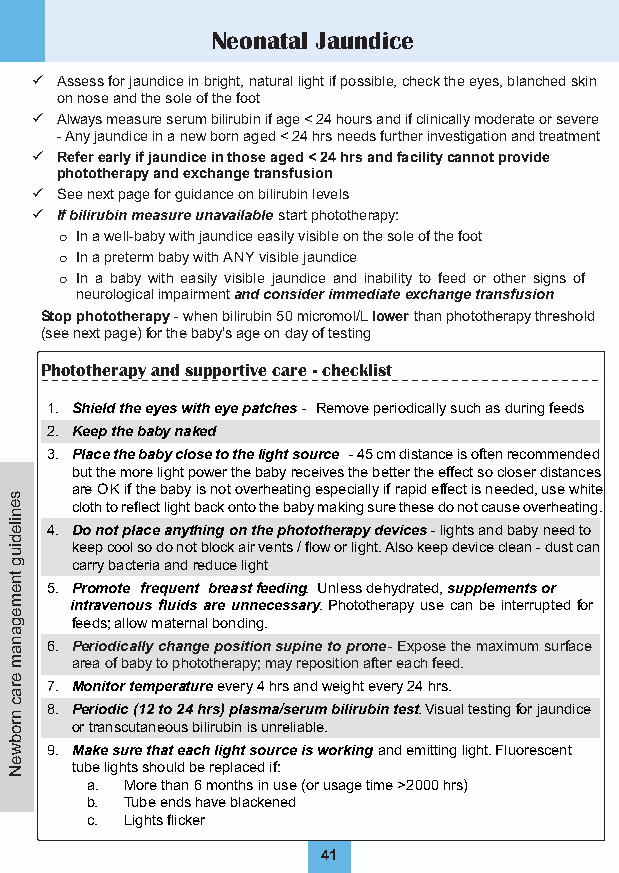
Neonatal Jaundice
  Assess for jaundice in bright, natural light if possible, check the eyes, blanched skin
 on nose and the sole of the foot
  Always measure serum bilirubin if age < 24 hours and if clinically moderate or severe
 - Any jaundice in a new born aged < 24 hrs needs further investigation and treatment
  Referearlyifjaundiceinthoseaged< 24 hrsandfacilitycannotprovide
 phototherapy and exchange transfusion
  See next page for guidance on bilirubin levels
  If bilirubin measure unavailable start phototherapy:
 o In a well-baby with jaundice easily visible on the sole of the foot
 o In a preterm baby with ANY visible jaundice
 o In a baby with easily visible jaundice and inability to feed or other signs of
 neurological impairment and consider immediate exchange transfusion
 Stop phototherapy - when bilirubin 50 micromol/L lower than phototherapy threshold
 (see next page) for the baby’s age on day of testing
 Phototherapy and supportive care - checklist
 1. Shield the eyes with eye patches - Remove periodically such as during feeds
 2. Keep the baby naked
 3. Place the baby close to the light source - 45 cm distance is often recommended
 but the more light power the baby receives the better the effect so closer distances
 are OK if the baby is not overheating especially if rapid effect is needed, use white
 s
 e    cloth to reflect light back onto the baby making sure these do not cause overheating.
 n
 ile 4. Do not place anything on the phototherapy devices - lights and baby need to
 d
 iu   keep cool so do not block air vents / flow or light. Also keep device clean - dust can
 g    carry bacteria and reduce light
 tn
 e  5. Promote frequent breast feedin g. Unless dehydrated,s upplements or
 m    intravenous fluids are unnecessary . Phototherapy use can be interrupted for
 e
 g    feeds; allow maternal bonding.
 a
 n a 6. Periodically change position supine to prone - Expose the maximum surface
 m   area of baby to phototherapy; may reposition after each feed.
 e
 ra 7. Monitor temperature every 4 hrs and weight every 24 hrs.
 c
 n
 8. Periodic (12 to 24 hrs) plasma/serum bilirubin test. Visual testing for jaundice
 ro  or transcutaneous bilirubin is unreliable.
 b
 w 9. Make sure that each light source is working and emitting light. Fluorescent
 e N tube lights should be replaced if:
 a. More than 6 months in use (or usage time >2000 hrs)
 b. Tube ends have blackened
 c. Lights flicker
 41